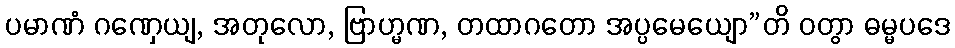
ပမာဏံ ဂဏှေယျ, အတုလော, ဗြာဟ္မဏ, တထာဂတော အပ္ပမေယျော”တိ ဝတွာ ဓမ္မပဒေ